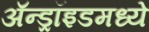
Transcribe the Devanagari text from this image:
ॲन्ड्रॉइडमध्ये